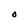
Character: O